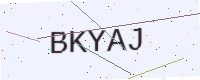
Text: BKYAJ